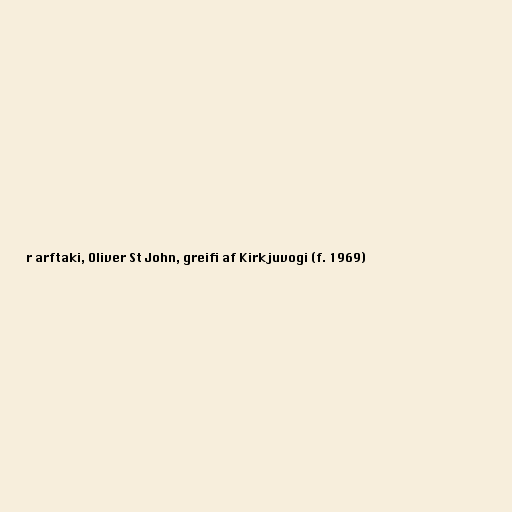
r arftaki, Oliver St John, greifi af Kirkjuvogi (f. 1969)